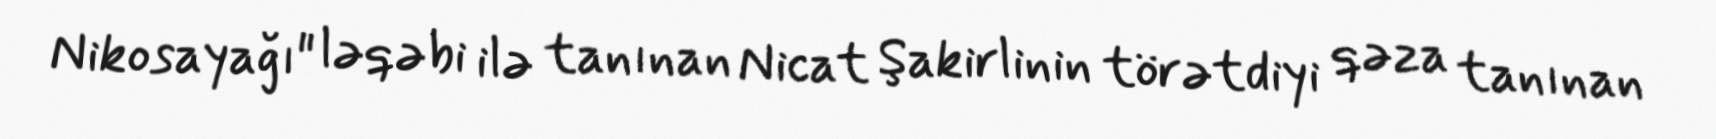
Nikosayağı" ləqəbi ilə tanınan Nicat Şakirlinin törətdiyi qəza tanınan